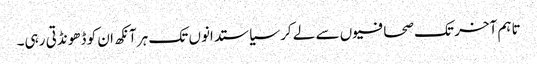
تاہم آخر تک صحافیوں سے لے کر سیاستدانوں تک ہر آنکھ ان کو ڈھونڈتی رہی۔